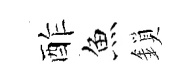
酢魚鎖